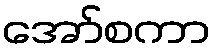
အော်စကာ